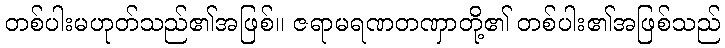
တစ်ပါးမဟုတ်သည်၏အဖြစ်။ ဇရာမရဏတဏှာတို့၏ တစ်ပါး၏အဖြစ်သည်